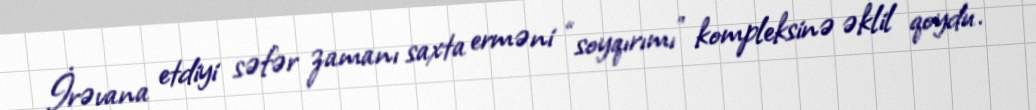
İrəvana etdiyi səfər zamanı saxta erməni “soyqırımı” kompleksinə əklil qoydu.